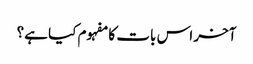
آخر اس بات کا مفہوم کیا ہے؟